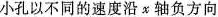
图5-5-28小孔以不同的速度沿x轴负方向